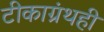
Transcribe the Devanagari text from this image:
टीकाग्रंथही